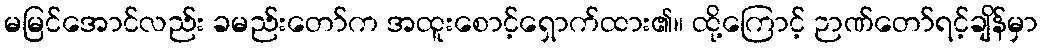
မမြင်အောင်လည်း ခမည်းတော်က အထူးစောင့်ရှောက်ထား၏။ ထို့ကြောင့် ဉာဏ်တော်ရင့်ချိန်မှာ